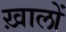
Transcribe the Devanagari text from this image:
ख़ालों